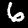
Label: 6